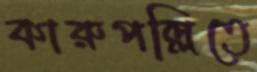
কারুপল্লিতে